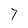
Character: 7